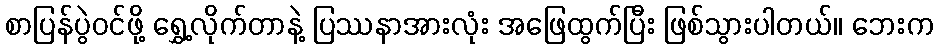
စာပြန်ပွဲဝင်ဖို့ ရွှေ့လိုက်တာနဲ့ ပြဿနာအားလုံး အဖြေထွက်ပြီး ဖြစ်သွားပါတယ်။ ဘေးက